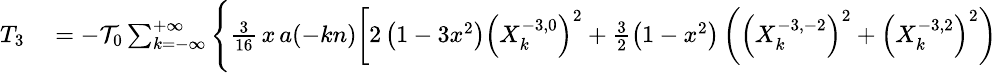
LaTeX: \small\begin{array}{rl}{T_{3}}&{{}=-{\cal T}_{0}\sum_{k=-\infty}^{+\infty}\Bigg\{ \frac{3}{16}\, x\, a(-kn)\bigg[2\left(1-3x^{2}\right)\left(X_{k}^{-3,0}\right)^{2}+\frac 32\left(1-x^{2}\right)\left(\left(X_{k}^{-3,-2}\right)^{2}+\left(X_{k}^{-3,2}\right)^{2}\right)}\end{array}